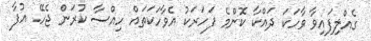
ގެއްލިފައިވާ ވާހަކަ ދައްކާ ކޮންމެ ފަހަރަކު އެވާހަކަތައް ހިއްސާ ކުރަން ޖެހޭ. އުފާ